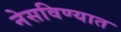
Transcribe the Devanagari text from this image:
नेसविण्यात